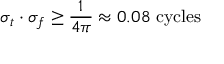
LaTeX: \sigma _ { t } \cdot \sigma _ { f } \geq { \frac { 1 } { 4 \pi } } \approx 0 . 0 8 { \mathrm { ~ c y c l e s } }